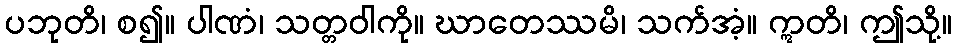
ပဘုတိ၊ စ၍။ ပါဏံ၊ သတ္တဝါကို။ ဃာတေဿမိ၊ သက်အံ့။ ဣတိ၊ ဤသို့။